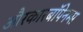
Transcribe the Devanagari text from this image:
औरकारबॉपेनम्स